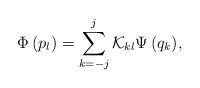
\begin{align*}\Phi \left( {p_l } \right) = \sum\limits_{k = - j}^j {{\cal K}_{kl} \Psi \left( {q_k } \right)} ,\end{align*}